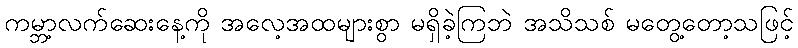
ကမ္ဘာ့လက်ဆေးနေ့ကို အလေ့အထများစွာ မရှိခဲ့ကြဘဲ အသိသစ် မတွေ့တော့သဖြင့်